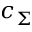
c _ { \Sigma }